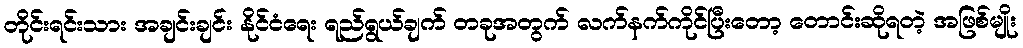
တိုင်းရင်းသား အချင်းချင်း နိုင်ငံရေး ရည်ရွယ်ချက် တခုအတွက် လက်နက်ကိုင်ပြီးတော့ တောင်းဆိုရတဲ့ အဖြစ်မျိုး